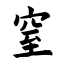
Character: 窒